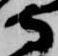
守